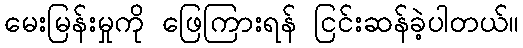
မေးမြန်းမှုကို ဖြေကြားရန် ငြင်းဆန်ခဲ့ပါတယ်။